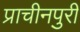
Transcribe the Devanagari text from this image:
प्राचीनपुरी